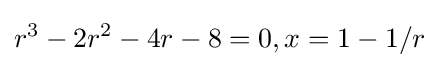
r^{3}-2r^{2}-4r-8=0,x=1-1/r